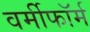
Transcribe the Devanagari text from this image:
वर्मीफॉर्म